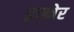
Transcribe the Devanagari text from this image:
इन्नेर